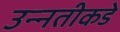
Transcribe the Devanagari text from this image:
उन्‍नतीकडे